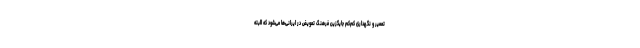
تعمیر و نگهداری کم‌کم جایگزین فرهنگ تعویض در ایرانی‌ها می‌شود که البته